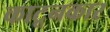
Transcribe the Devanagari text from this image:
काटूनकार